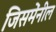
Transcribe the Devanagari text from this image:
जिसमेंनील